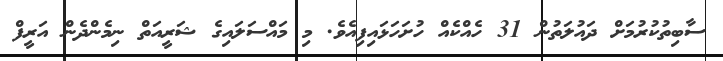
ސާބިތުކުރުމަށް ދައުލަތުން 31 ހެއްކެއް ހުށަހަޅައިފިއެވެ. މި މައްސަލައިގެ ޝަރީއަތް ނިމެންދެން އަރީފް